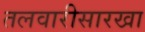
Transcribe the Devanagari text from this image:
तलवारीसारखा